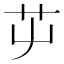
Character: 𦬏